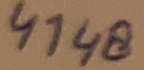
Text: 4148